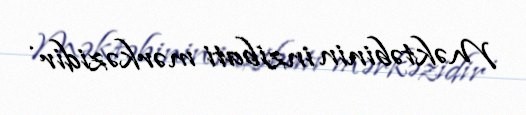
Məktəbinin inzibati mərkəzidir .